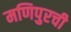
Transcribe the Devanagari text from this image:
मणिपुरची